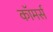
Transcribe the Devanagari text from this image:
काॅमर्स